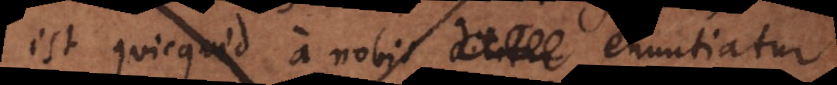
est quicquid a nobis annotatur